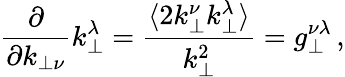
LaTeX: \frac{\partial}{\partial k_{\perp\nu}}k_{\perp}^{\lambda}=\frac{\langle 2k_{\perp}^{\nu}k_{\perp}^{\lambda}\rangle}{k_{\perp}^{2}}=g_{\perp}^{\nu\lambda}\, ,